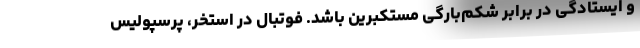
و ایستادگی در برابر شکم‌بارگی مستکبرین باشد. فوتبال در استخر، پرسپولیس